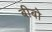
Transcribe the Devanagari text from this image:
बीबो